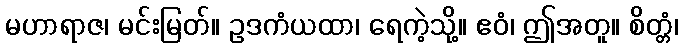
မဟာရာဇ၊ မင်းမြတ်။ ဥဒကံယထာ၊ ရေကဲ့သို့။ ဧဝံ၊ ဤအတူ။ စိတ္တံ၊